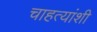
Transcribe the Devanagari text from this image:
चाहत्यांशी